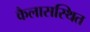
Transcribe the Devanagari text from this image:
कैलासस्थित